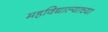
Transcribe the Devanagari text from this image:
महविद्याल्याच्या